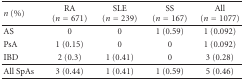
| n (%) | RA (n = 671) | SLE (n = 239) | SS (n = 167) | All (n = 1077) |
 | --- | --- | --- | --- | --- |
 | AS | 0 | 0 | 1 (0.59) | 1 (0.092) |
 | PsA | 1 (0.15) | 0 | 0 | 1 (0.092) |
 | IBD | 2 (0.3) | 1 (0.41) | 0 | 3 (0.28) |
 | All SpAs | 3 (0.44) | 1 (0.41) | 1 (0.59) | 5 (0.46) |